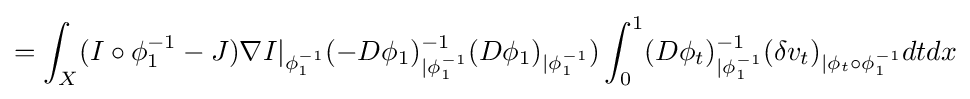
=\int _{X}(I\circ \phi _{1}^{-1}-J)\nabla I|_{\phi _{1}^{-1}}(-D\phi _{1})_{|\phi _{1}^{-1}}^{-1}(D\phi _{1})_{|\phi _{1}^{-1}})\int _{0}^{1}(D\phi _{t})_{|\phi _{1}^{-1}}^{-1}(\delta v_{t})_{|{\phi _{t}\circ \phi _{1}^{-1}}}dtdx